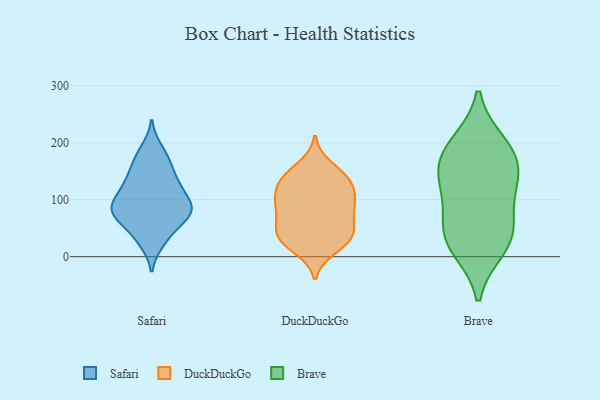
{"axis": {"x": "Tickets Resolved", "y": "Value"}, "legend": ["Brave", "DuckDuckGo", "Safari"], "data": [{"x": "", "y": 69, "type": "Safari"}, {"x": "", "y": 29, "type": "Safari"}, {"x": "", "y": 75, "type": "Safari"}, {"x": "", "y": 98, "type": "Safari"}, {"x": "", "y": 124, "type": "Safari"}, {"x": "", "y": 137, "type": "Safari"}, {"x": "", "y": 162, "type": "Safari"}, {"x": "", "y": 95, "type": "Safari"}, {"x": "", "y": 25, "type": "Safari"}, {"x": "", "y": 75, "type": "Safari"}, {"x": "", "y": 189, "type": "Safari"}, {"x": "", "y": 83, "type": "Safari"}, {"x": "", "y": 178, "type": "Safari"}, {"x": "", "y": 69, "type": "Safari"}, {"x": "", "y": 123, "type": "Safari"}, {"x": "", "y": 49, "type": "Safari"}, {"x": "", "y": 89, "type": "Safari"}, {"x": "", "y": 83, "type": "Safari"}, {"x": "", "y": 119, "type": "Safari"}, {"x": "", "y": 153, "type": "Safari"}, {"x": "", "y": 27, "type": "DuckDuckGo"}, {"x": "", "y": 159, "type": "DuckDuckGo"}, {"x": "", "y": 118, "type": "DuckDuckGo"}, {"x": "", "y": 87, "type": "DuckDuckGo"}, {"x": "", "y": 141, "type": "DuckDuckGo"}, {"x": "", "y": 98, "type": "DuckDuckGo"}, {"x": "", "y": 47, "type": "DuckDuckGo"}, {"x": "", "y": 14, "type": "DuckDuckGo"}, {"x": "", "y": 90, "type": "DuckDuckGo"}, {"x": "", "y": 49, "type": "DuckDuckGo"}, {"x": "", "y": 90, "type": "DuckDuckGo"}, {"x": "", "y": 40, "type": "DuckDuckGo"}, {"x": "", "y": 132, "type": "DuckDuckGo"}, {"x": "", "y": 24, "type": "DuckDuckGo"}, {"x": "", "y": 138, "type": "DuckDuckGo"}, {"x": "", "y": 136, "type": "DuckDuckGo"}, {"x": "", "y": 111, "type": "DuckDuckGo"}, {"x": "", "y": 55, "type": "DuckDuckGo"}, {"x": "", "y": 78, "type": "DuckDuckGo"}, {"x": "", "y": 30, "type": "DuckDuckGo"}, {"x": "", "y": 190, "type": "Brave"}, {"x": "", "y": 112, "type": "Brave"}, {"x": "", "y": 164, "type": "Brave"}, {"x": "", "y": 125, "type": "Brave"}, {"x": "", "y": 198, "type": "Brave"}, {"x": "", "y": 24, "type": "Brave"}, {"x": "", "y": 49, "type": "Brave"}, {"x": "", "y": 15, "type": "Brave"}, {"x": "", "y": 53, "type": "Brave"}, {"x": "", "y": 152, "type": "Brave"}]}